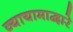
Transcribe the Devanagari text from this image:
व्यायामाद्वारे